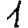
Digit: 1